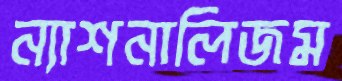
ন্যাশনালিজম